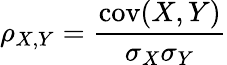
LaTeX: \rho_{X,Y}={\frac{\operatorname{cov}(X,Y)}{\sigma_{X}\sigma_{Y}}}